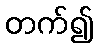
တက်၍